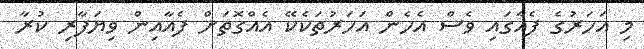
މި އަހަރުގެ ފެއާގައި ވެސް އެހެން އަހަރުތަކެކޭ އެއްގޮތަށް ފެއާއިން ވިޔަފާރި ކުރާ